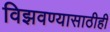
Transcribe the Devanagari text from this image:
विझवण्यासाठीही